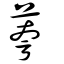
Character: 荂